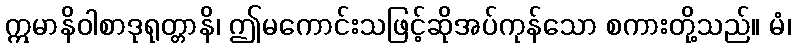
ဣမာနိဝါစာဒုရုတ္တာနိ၊ ဤမကောင်းသဖြင့်ဆိုအပ်ကုန်သော စကားတို့သည်။ မံ၊